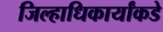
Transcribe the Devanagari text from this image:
जिल्हाधिकार्यांकडे